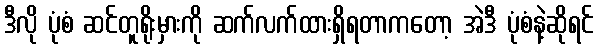
ဒီလို ပုံစံ ဆင်တူရိုးမှားကို ဆက်လက်ထားရှိရတာကတော့ အဲဒီ ပုံစံနဲ့ဆိုရင်